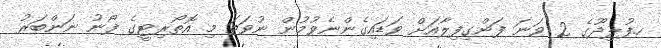
ހ.ފުލިދޫގެ 2 ވަނަ ފަންގިފިލާއަށް ވަޑައިގެންނެވުމުން ނުވަތަ މި އޮތޯރިޓީގެ ފޯނު ނަންބަރު